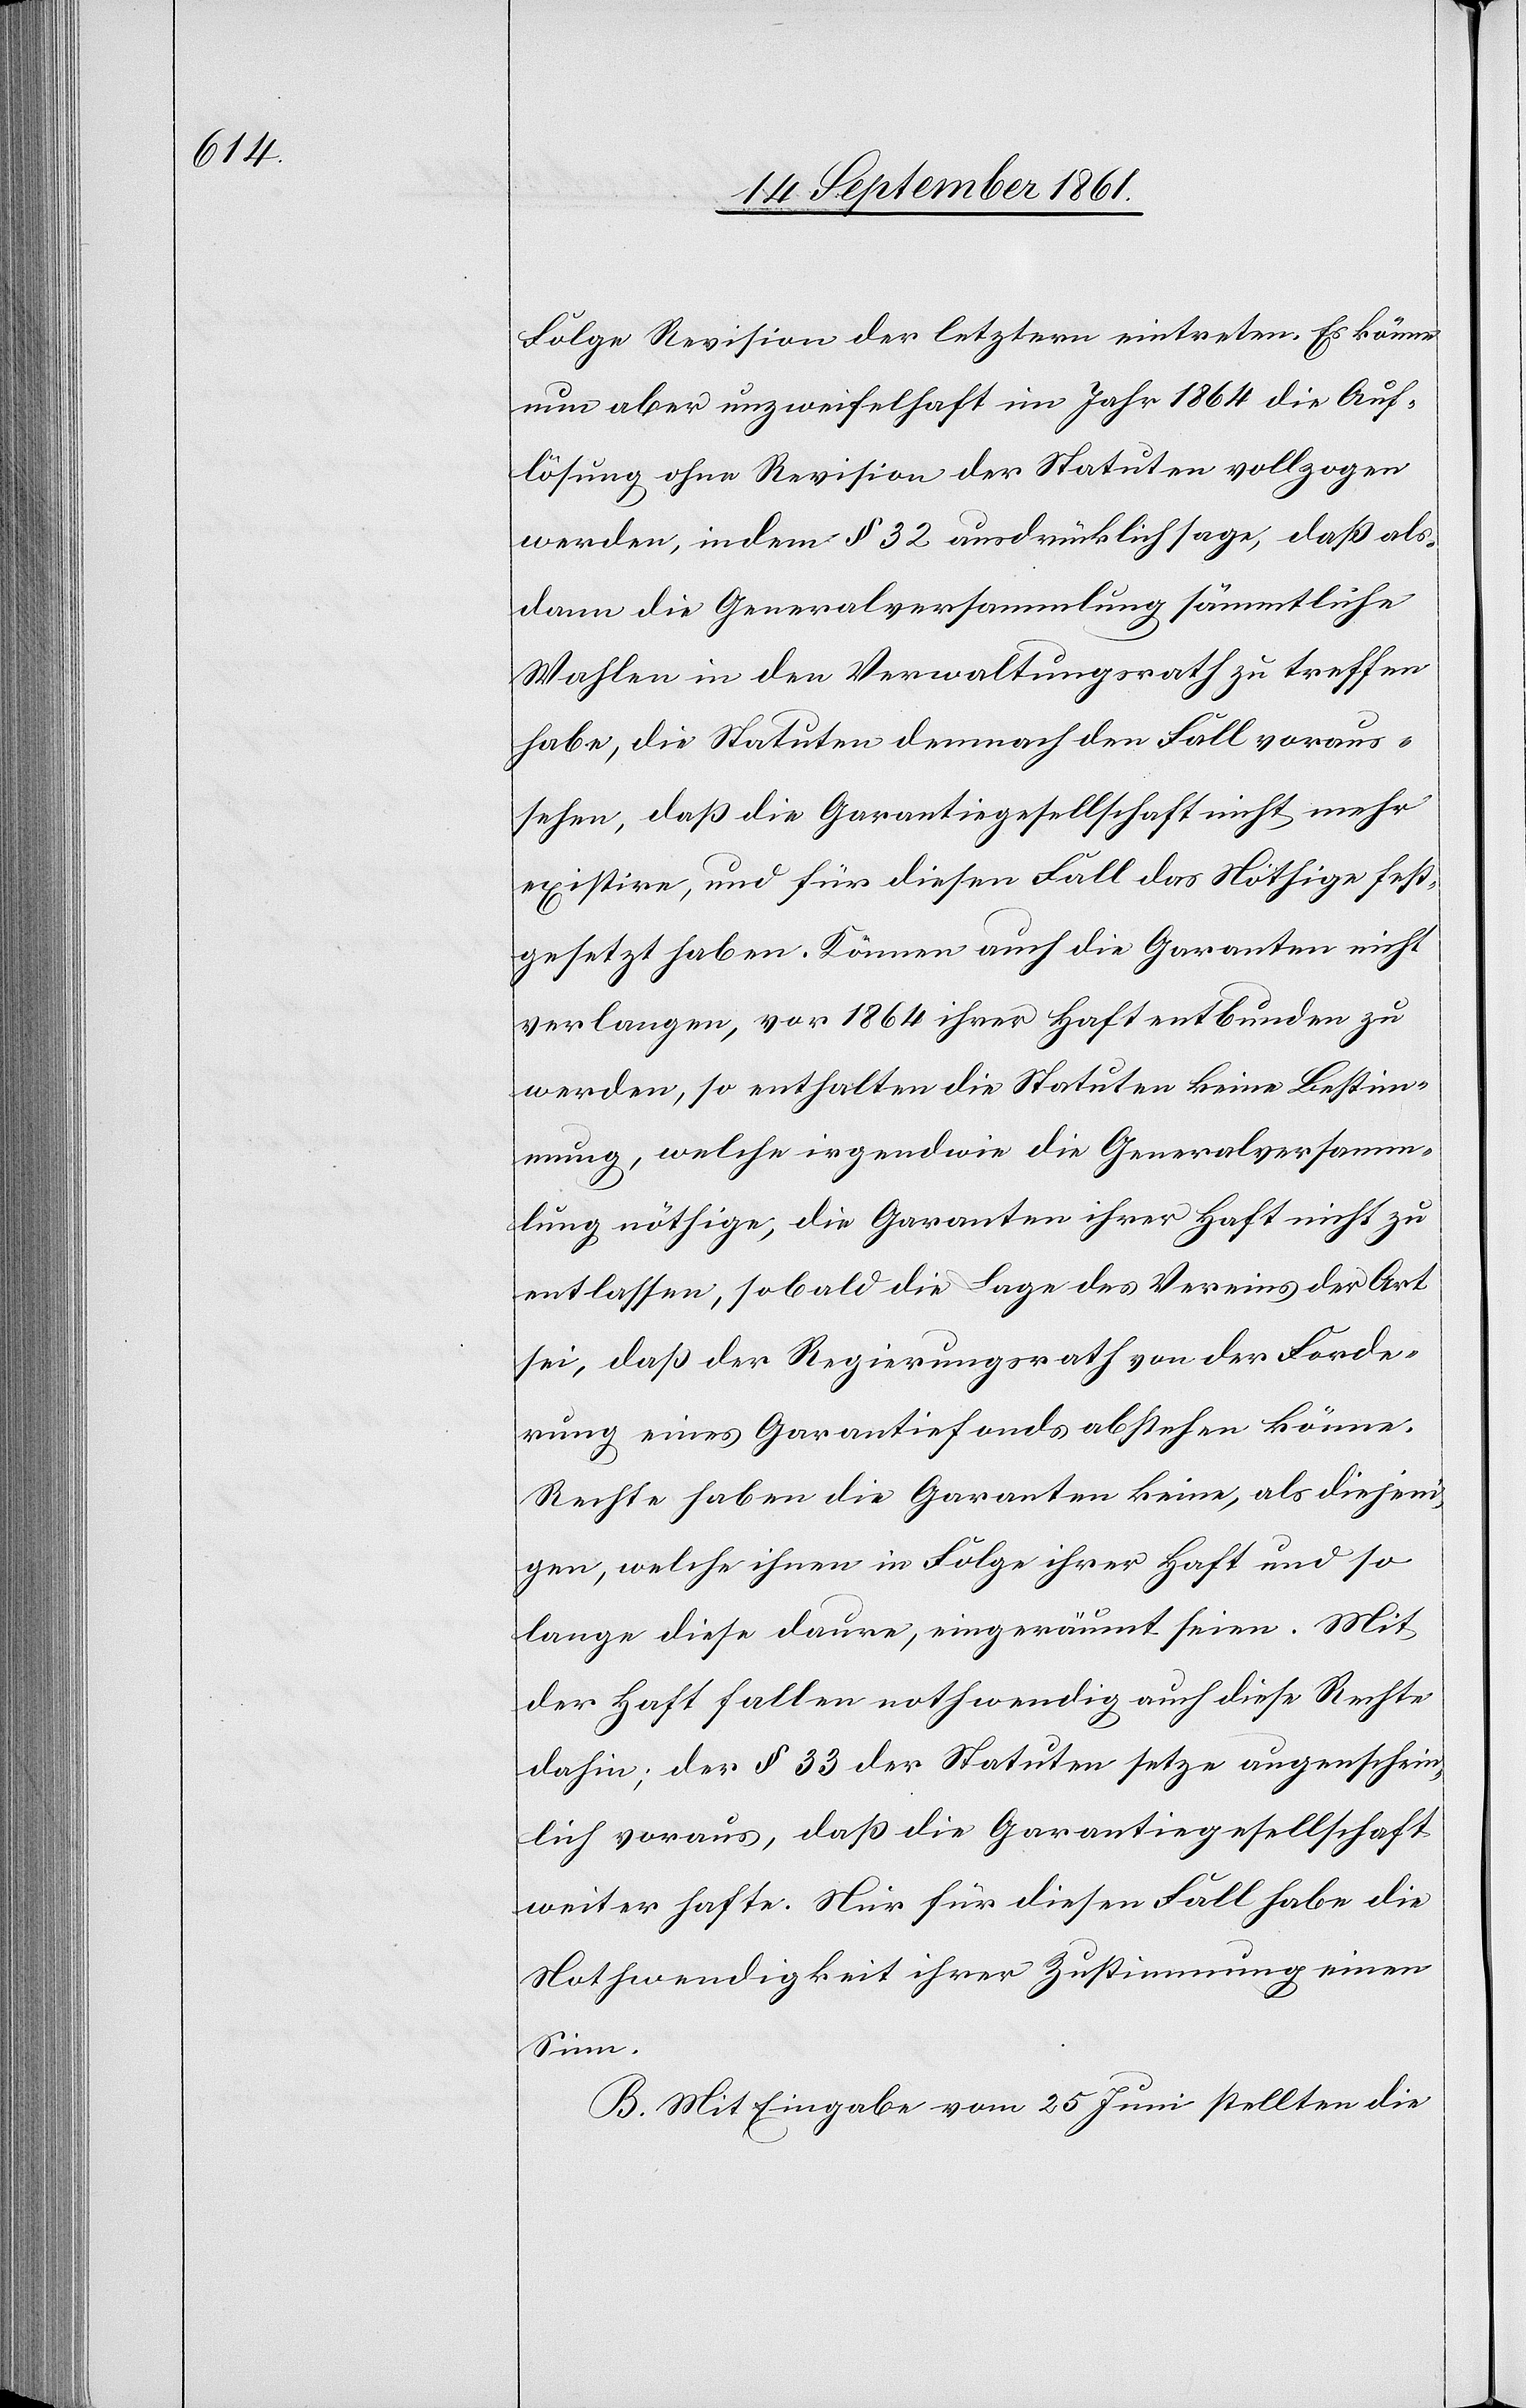
Folge Revision der letztern eintreten. Es könne
nun aber unzweifelhaft im Jahr 1864 die Auf¬
lösung ohne Revision der Statuten vollzogen
werden, indem § 32 ausdrücklich sage, daß als¬
dann die Generalversammlung sämmtliche
Wahlen in den Verwaltungsrath zu treffen
habe, die Statuten demnach den Fall voraus¬
sehen, daß die Garantiegesellschaft nicht mehr
existire, und für diesen Fall das Nöthige fest¬
gesetzt haben. Können auch die Garanten nicht
verlangen, vor 1864 ihrer Haft entbunden zu
werden, so enthalten die Statuten keine Bestim¬
mung, welche irgendwie die Generalversamm¬
lung nöthige, die Garanten ihrer Haft nicht zu
entlassen, sobald die Lage des Vereins der Art
sei, daß der Regierungsrath von der Forde¬
rung eines Garantiefonds absehen könne.
Rechte haben die Garanten keine, als diejeni¬
gen, welche ihnen in Folge ihrer Haft und so
lange diese daure, eingeräumt seien. Mit
der Haft fallen nothwendig auch diese Rechte
dahin; der § 33 der Statuten setze augenschein¬
lich voraus, daß die Garantiegesellschaft
weiter hafte. Nur für diesen Fall habe die
Nothwendigkeit ihrer Zustimmung einen
Sinn.
B. Mit Eingabe vom 25 Juni stellten die